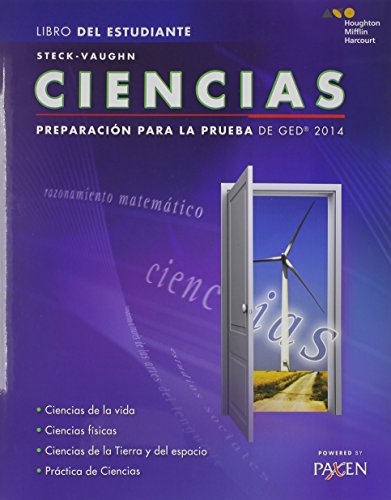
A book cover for Steck-Vaughn GED: Test Prep 2014 GED Science Spanish Student Edition 2014 (Spanish Edition); STECK-VAUGHN; Test Preparation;